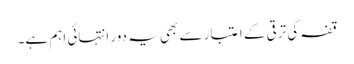
قفہ کی ترقی کے اعتبار سے بھی یہ دور انتہائی اہم ہے۔